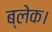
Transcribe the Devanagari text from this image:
ब्लेक।